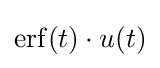
\operatorname {erf} (t)\cdot u(t)